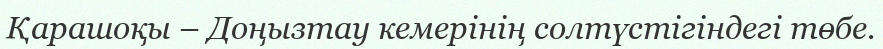
Қарашоқы – Доңызтау кемерінің солтүстігіндегі төбе.